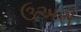
ઉઅરી